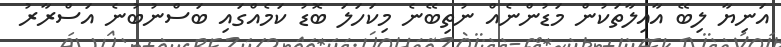
އަނިޔާ ލިބޭ އާއިލާތަކުން މަޑުންނެއް ނުތިބޭނެ މިކަހަލަ ބޮޑު ކަމެއްގައި ބަސްނުބުނެ އަސްރާރު